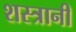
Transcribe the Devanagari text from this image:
शस्त्रानी